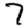
Digit: 7